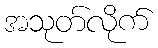
အသုတ်လိုက်